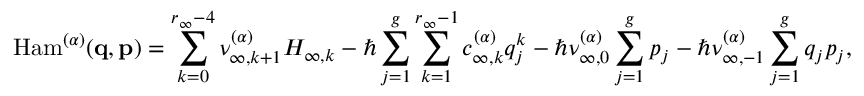
\mathrm { H a m } ^ { ( \boldsymbol { \alpha } ) } ( \mathbf { q } , \mathbf { p } ) = \sum _ { k = 0 } ^ { r _ { \infty } - 4 } \nu _ { \infty , k + 1 } ^ { \boldsymbol { ( \alpha ) } } H _ { \infty , k } - \hbar \sum _ { j = 1 } ^ { g } \sum _ { k = 1 } ^ { r _ { \infty } - 1 } c _ { \infty , k } ^ { ( \boldsymbol { \alpha } ) } q _ { j } ^ { k } - \hbar \nu _ { \infty , 0 } ^ { ( \boldsymbol { \alpha } ) } \sum _ { j = 1 } ^ { g } p _ { j } - \hbar \nu _ { \infty , - 1 } ^ { ( \boldsymbol { \alpha } ) } \sum _ { j = 1 } ^ { g } q _ { j } p _ { j } ,